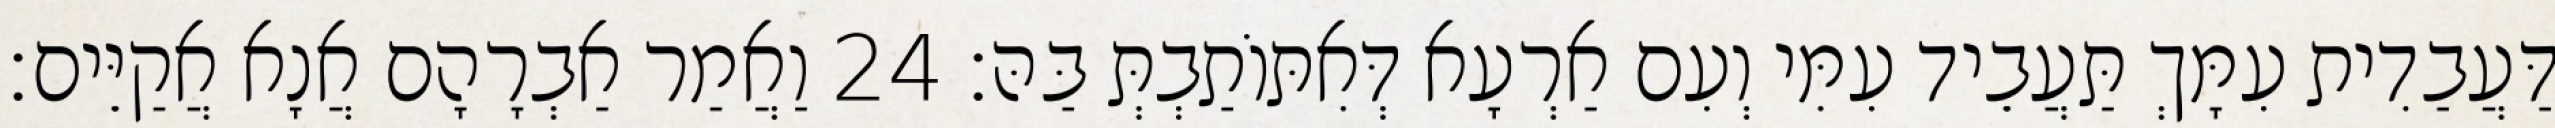
דַּעֲבַדִית עִמָּךְ תַּעֲבֵיד עִמִּי וְעִם אַרְעָא דְּאִתּוֹתַבְתְּ בַּהּ׃ 24 וַאֲמַר אַבְרָהָם אֲנָא אֲקַיֵּים׃